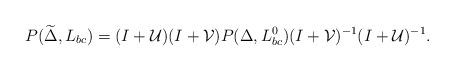
LaTeX: \begin{align*}P(\widetilde{\Delta}, L_{bc})=(I+\mathcal{U})(I+\mathcal{V})P(\Delta, L_{bc}^0)(I+\mathcal{V})^{-1}(I+\mathcal{U})^{-1}.\end{align*}